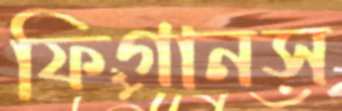
ফিগানস